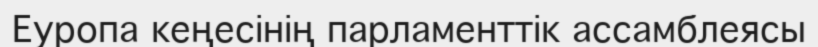
Еуропа кеңесінің парламенттік ассамблеясы